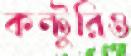
কন্টুরিও